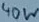
Text: 40W